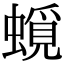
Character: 𧐎